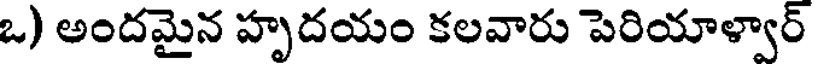
ఒ) అందమైన హృదయం కలవారు పెరియాళ్వార్